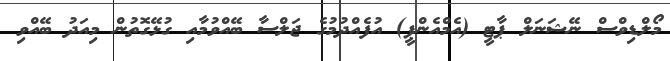
މޯލްޑިވްސް ނޭޝަނަލް ޕާޓީ (އެމްއެންޕީ) އުފެއްދުމުގެ ޖަލްސާ ބޭއްވުމާއި ގުޅޭގޮތުން މިއަދު ބޭއްވި